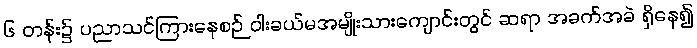
၆ တန်း၌ ပညာသင်ကြားနေစဉ် ဝါးခယ်မအမျိုးသားကျောင်းတွင် ဆရာ အခက်အခဲ ရှိနေ၍